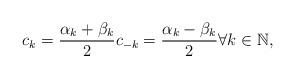
LaTeX: \begin{align*} c_k=\frac{\alpha_k+\beta_k}{2} c_{-k}=\frac{\alpha_k-\beta_k}{2} \forall k\in \mathbb{N},\end{align*}